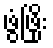
ဖွံဖြိုး